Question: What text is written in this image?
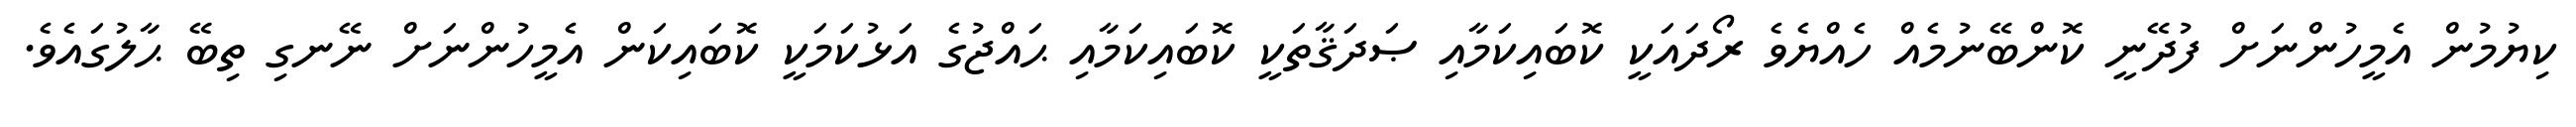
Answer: ކިޔުމުން އެމީހުންނަށް ފުދޭނީ ކޮންބޭނުމެއް ހެއްޔެވެ ރޯދައަކީ ކޮބައިކަމާއި ޞަދަޤާތަކީ ކޮބައިކަމާއި ޙައްޖުގެ އަޅުކަމަކީ ކޮބައިކަން އެމީހުންނަށް ނޭނގި ތިބޭ ޙާލުގައެވެ.